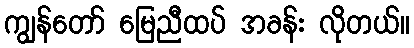
ကျွန်တော် မြေညီထပ် အခန်း လိုတယ်။